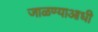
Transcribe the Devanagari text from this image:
जाळण्याआधी